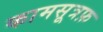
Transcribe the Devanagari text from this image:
कामसूत्रफ़